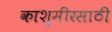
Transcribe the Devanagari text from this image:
काश्मीरसाठी